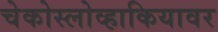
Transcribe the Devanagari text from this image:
चेकोस्लोव्हाकियावर